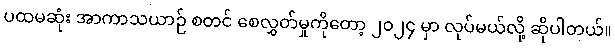
ပထမဆုံး အာကာသယာဉ် စတင် စေလွှတ်မှုကိုတော့ ၂၀၂၄ မှာ လုပ်မယ်လို့ ဆိုပါတယ်။